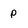
Character: p